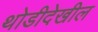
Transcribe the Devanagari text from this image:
थोडीदेखील